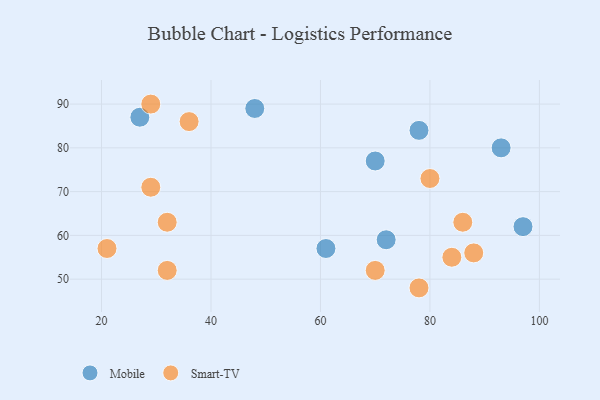
{"axis": {"x": "GDP", "y": "Life Expectancy"}, "legend": ["Mobile", "Smart-TV"], "data": [{"x": "48", "y": 89, "type": "Mobile"}, {"x": "72", "y": 59, "type": "Mobile"}, {"x": "61", "y": 57, "type": "Mobile"}, {"x": "97", "y": 62, "type": "Mobile"}, {"x": "27", "y": 87, "type": "Mobile"}, {"x": "93", "y": 80, "type": "Mobile"}, {"x": "78", "y": 84, "type": "Mobile"}, {"x": "70", "y": 77, "type": "Mobile"}, {"x": "88", "y": 56, "type": "Smart-TV"}, {"x": "29", "y": 71, "type": "Smart-TV"}, {"x": "32", "y": 63, "type": "Smart-TV"}, {"x": "32", "y": 52, "type": "Smart-TV"}, {"x": "80", "y": 73, "type": "Smart-TV"}, {"x": "21", "y": 57, "type": "Smart-TV"}, {"x": "78", "y": 48, "type": "Smart-TV"}, {"x": "70", "y": 52, "type": "Smart-TV"}, {"x": "84", "y": 55, "type": "Smart-TV"}, {"x": "36", "y": 86, "type": "Smart-TV"}, {"x": "86", "y": 63, "type": "Smart-TV"}, {"x": "29", "y": 90, "type": "Smart-TV"}]}